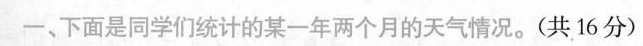
一、下面是同学们统计的某一年两个月的天气情况。(共16分)